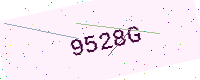
Text: 9528G